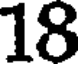
18